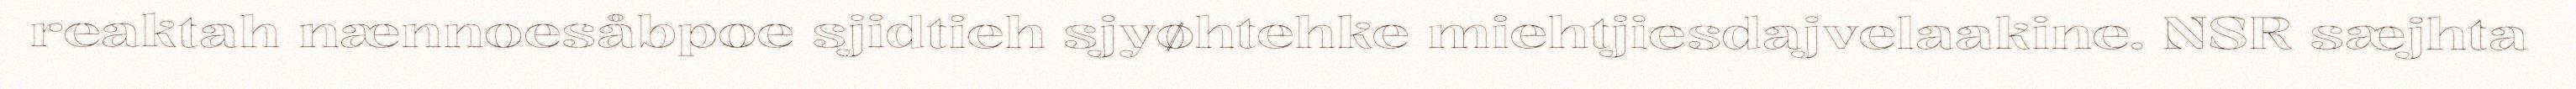
reaktah nænnoesåbpoe sjidtieh sjyøhtehke miehtjiesdajvelaakine. NSR sæjhta